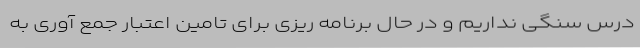
درس سنگی نداریم و در حال برنامه ریزی برای تامین اعتبار جمع آوری به